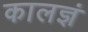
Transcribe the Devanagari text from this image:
कालज्ञं